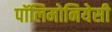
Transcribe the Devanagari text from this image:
पॉलिमोनियेसी